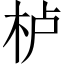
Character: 栌